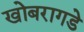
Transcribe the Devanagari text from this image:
खोबरागडे